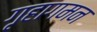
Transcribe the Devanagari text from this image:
गृहागमन